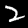
Digit: 2